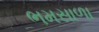
ભમસાળા